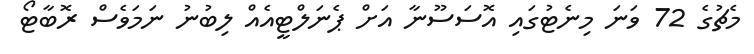
މެޗުގެ 72 ވަނަ މިނެޓުގައި އޮސަސޫނާ އަށް ޕެނަލްޓީއެއް ލިބުނު ނަމަވެސް ރޮބާޓޯ